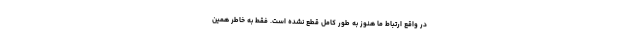
در واقع ارتباط ما هنوز به طور کامل قطع نشده است. فقط به خاطر همین